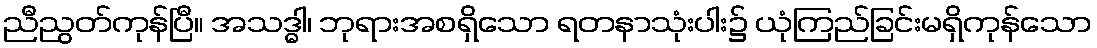
ညီညွတ်ကုန်ပြီ။ အသဒ္ဓါ၊ ဘုရားအစရှိသော ရတနာသုံးပါး၌ ယုံကြည်ခြင်းမရှိကုန်သော